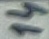
Text: 14